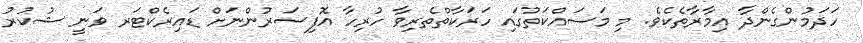
ހަދަމުންގެންދާ އިމާރާތެކެވެ. މި މަސައްކަތުގައި ހަރަކާތްތެރިވާ ހުރިހާ އޮފިސަރުންނަށް ޑައިރެކްޓަރ ވަނީ ޝުކުރު